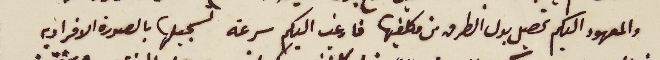
والمعهود اليكم تحصيل بدل الطرق من مكلفيها فارغب اليكم سرعة تسجيلها بالصورة الافراديه